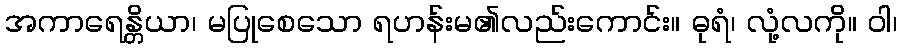
အကာရေန္တိယာ၊ မပြုစေသော ရဟန်းမ၏လည်းကောင်း။ ဓုရံ၊ လုံ့လကို။ ဝါ၊